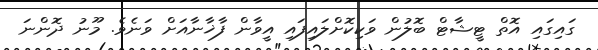
ގައިގައި އޮތް ޓީޝާޓް ބޮލުން ވަކިކޮށްލައިފައި އީވާން ފާޚާނާއަށް ވަނެވެ. މޫނު ދޮންނަ